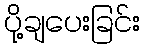
ပို့ချပေးခြင်း